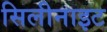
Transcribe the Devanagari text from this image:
सिलीनाइट